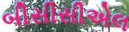
બીસીસીએલ